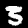
Digit: 3